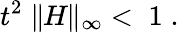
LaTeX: t^{2}\parallel\! \! H\! \! \parallel_{\infty}\; <\; 1\; .